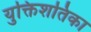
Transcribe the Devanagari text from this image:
युक्तिशतिका